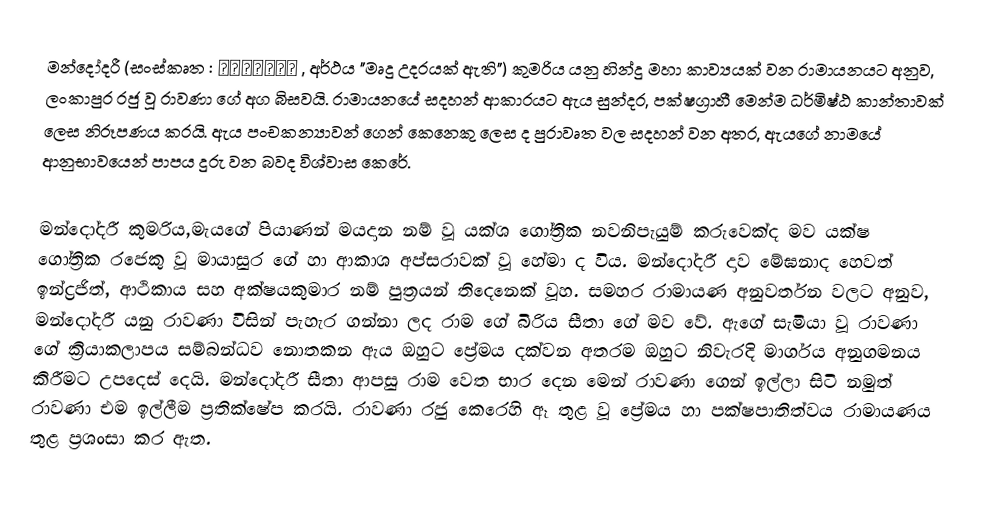
මන්දෝදරී (සංස්කෘත : मंदोदरी , අර්ථය "මෘදු උදරයක් ඇති") කුමරිය යනු හින්දු මහා කාව්‍යයක් වන රාමායනයට අනුව, ලංකාපුර රජු වූ රාවණා ගේ අග බිසවයි. රාමායනයේ සදහන් ආකාරයට ඇය සුන්දර, පක්ෂග්‍රාහී මෙන්ම ධර්මිෂ්ඨ කාන්තාවක් ලෙස නිරූපණය කරයි. ඇය පංචකන්‍යාවන් ගෙන් කෙනෙකු ලෙස ද පුරාවෘත වල සදහන් වන අතර, ඇයගේ නාමයේ ආනුභාවයෙන් පාපය දුරු වන බවද විශ්වාස කෙරේ.

මන්දෝදරී කුමරිය,මැයගේ පියාණන් මයදාන නම් වූ යක්ශ ගෝත්‍රික නවනිපැයුම් කරුවෙක්ද මව යක්ෂ ගෝත්‍රික රජෙකු වූ මායාසුර ගේ හා ආකාශ අප්සරාවක් වූ හේමා ද විය. මන්දෝදරී දාව මේඝනාද හෙවත් ඉන්ද්‍රජිත්, ආථිකාය සහ අක්ෂයකුමාර නම් පුත්‍රයන් තිදෙනෙක් වූහ. සමහර රාමායණ අනුවර්තන වලට අනුව, මන්දෝදරී යනු රාවණා විසින් පැහැර ගන්නා ලද රාම ගේ බිරිය සීතා ගේ මව වේ. ඇගේ සැමියා වූ රාවණා ගේ ක්‍රියාකලාපය සම්බන්ධව නොතකන ඇය ඔහුට ප්‍රේමය දක්වන අතරම ඔහුට නිවැරදි මාර්ගය අනුගමනය කිරීමට උපදෙස් දෙයි. මන්දෝදරී සීතා ආපසු රාම වෙත භාර දෙන මෙන් රාවණා ගෙන් ඉල්ලා සිටි නමුත් රාවණා එම ඉල්ලීම ප්‍රතික්ෂේප කරයි. රාවණා රජු කෙරෙහි ඈ තුළ වූ ප්‍රේමය හා පක්ෂපාතිත්වය රාමායණය තුළ ප්‍රශංසා කර ඇත.